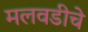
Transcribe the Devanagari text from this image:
मलवडीचे